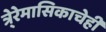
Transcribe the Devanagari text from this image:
त्रे्रेमासिकाचेही